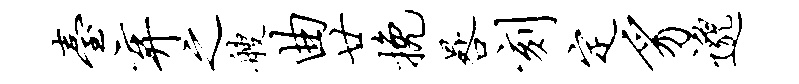
台弃之艘曲廿挽晷刻定豸邈